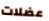
عضلات